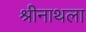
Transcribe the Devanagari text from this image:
श्रीनाथला